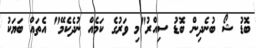
ބޮޑު ޝޯ ބުނެދިން ބޮޑު ސިއްރު"މި ވަރުގެ ކަމެއް ނުދެކެމޭ" އެތައް ބަޔަކު